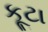
કૂટા